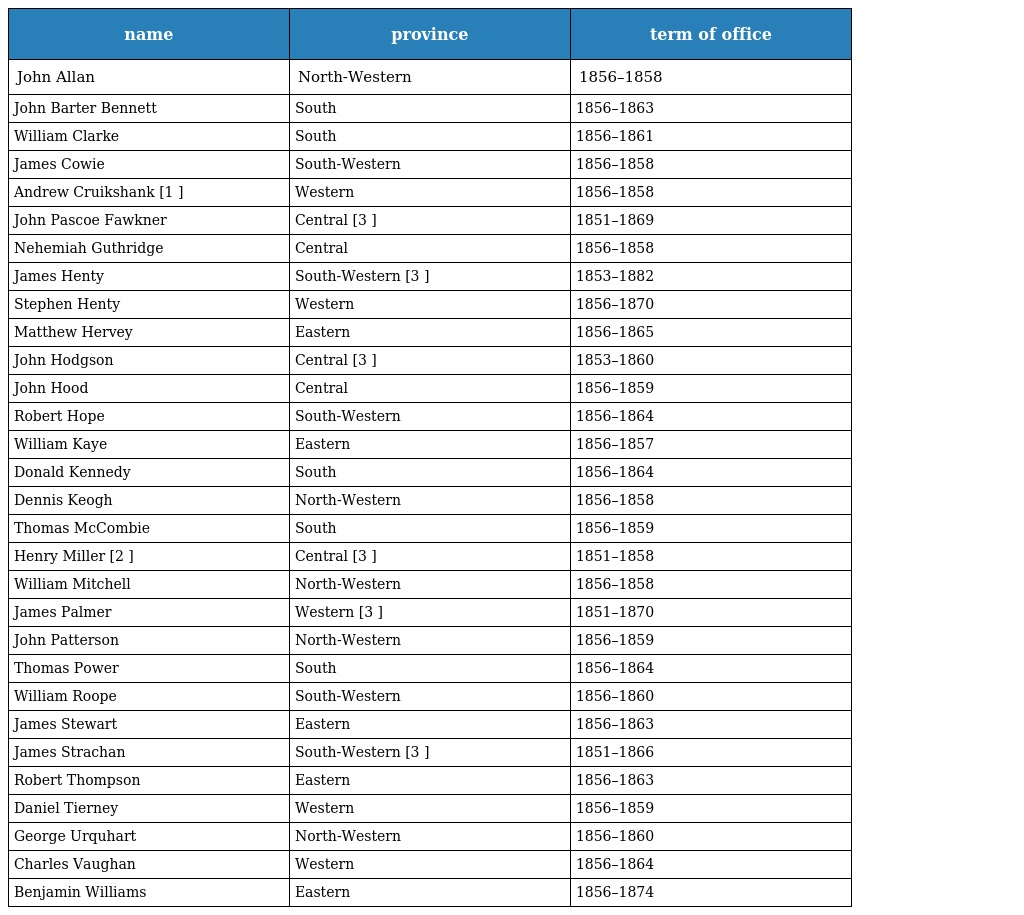
| name | province | term of office |
 | --- | --- | --- |
 | John Allan | North-Western | 1856–1858 |
 | John Barter Bennett | South | 1856–1863 |
 | William Clarke | South | 1856–1861 |
 | James Cowie | South-Western | 1856–1858 |
 | Andrew Cruikshank [1 ] | Western | 1856–1858 |
 | John Pascoe Fawkner | Central [3 ] | 1851–1869 |
 | Nehemiah Guthridge | Central | 1856–1858 |
 | James Henty | South-Western [3 ] | 1853–1882 |
 | Stephen Henty | Western | 1856–1870 |
 | Matthew Hervey | Eastern | 1856–1865 |
 | John Hodgson | Central [3 ] | 1853–1860 |
 | John Hood | Central | 1856–1859 |
 | Robert Hope | South-Western | 1856–1864 |
 | William Kaye | Eastern | 1856–1857 |
 | Donald Kennedy | South | 1856–1864 |
 | Dennis Keogh | North-Western | 1856–1858 |
 | Thomas McCombie | South | 1856–1859 |
 | Henry Miller [2 ] | Central [3 ] | 1851–1858 |
 | William Mitchell | North-Western | 1856–1858 |
 | James Palmer | Western [3 ] | 1851–1870 |
 | John Patterson | North-Western | 1856–1859 |
 | Thomas Power | South | 1856–1864 |
 | William Roope | South-Western | 1856–1860 |
 | James Stewart | Eastern | 1856–1863 |
 | James Strachan | South-Western [3 ] | 1851–1866 |
 | Robert Thompson | Eastern | 1856–1863 |
 | Daniel Tierney | Western | 1856–1859 |
 | George Urquhart | North-Western | 1856–1860 |
 | Charles Vaughan | Western | 1856–1864 |
 | Benjamin Williams | Eastern | 1856–1874 |